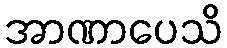
အာဏာပေသိ